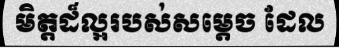
មិត្តដ៏ល្អរបស់សម្តេច ដែល